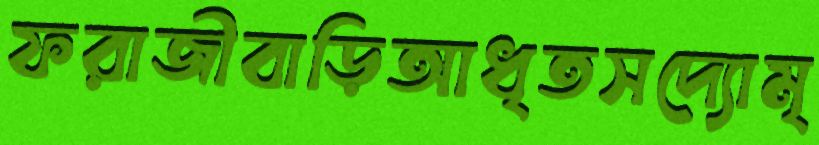
ফরাজীবাড়িআধৃতসদ্যোমৃ